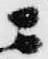
ニ